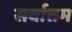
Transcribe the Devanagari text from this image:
सर्वात्तम